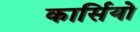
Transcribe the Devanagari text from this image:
कार्सियो